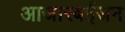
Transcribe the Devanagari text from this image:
आजारबईजन